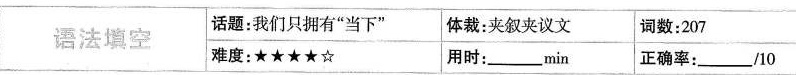
语法填空 话题:我们只拥有"当下" 体裁:夹叙夹议文 词数:207 难度:★★★★☆ 用时:min 正确率:_10